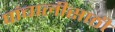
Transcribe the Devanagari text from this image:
पांचालीसाठी